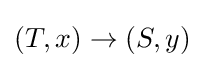
(T,x)\to (S,y)